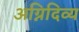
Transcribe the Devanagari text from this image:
अग्निदिव्य